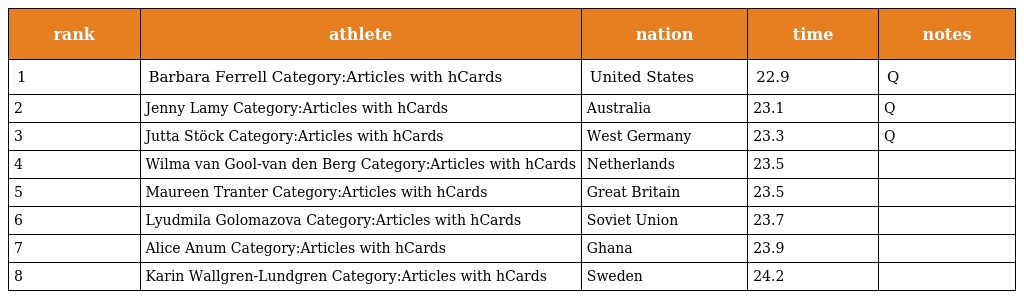
| rank | athlete | nation | time | notes |
 | --- | --- | --- | --- | --- |
 | 1 | Barbara Ferrell Category:Articles with hCards | United States | 22.9 | Q |
 | 2 | Jenny Lamy Category:Articles with hCards | Australia | 23.1 | Q |
 | 3 | Jutta Stöck Category:Articles with hCards | West Germany | 23.3 | Q |
 | 4 | Wilma van Gool-van den Berg Category:Articles with hCards | Netherlands | 23.5 |  |
 | 5 | Maureen Tranter Category:Articles with hCards | Great Britain | 23.5 |  |
 | 6 | Lyudmila Golomazova Category:Articles with hCards | Soviet Union | 23.7 |  |
 | 7 | Alice Anum Category:Articles with hCards | Ghana | 23.9 |  |
 | 8 | Karin Wallgren-Lundgren Category:Articles with hCards | Sweden | 24.2 |  |